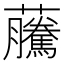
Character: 虅